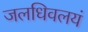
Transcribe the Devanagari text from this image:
जलधिवलयं